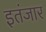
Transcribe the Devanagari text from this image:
इतंजार